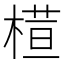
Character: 𣘇